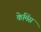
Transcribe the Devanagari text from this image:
केमिंस